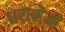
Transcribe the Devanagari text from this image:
धरासेओ